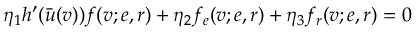
\eta _ { 1 } h ^ { \prime } ( \bar { u } ( v ) ) f ( v ; e , r ) + \eta _ { 2 } f _ { e } ( v ; e , r ) + \eta _ { 3 } f _ { r } ( v ; e , r ) = 0